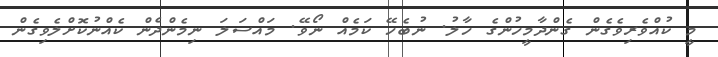
މީ ކުއްވެރިވެގެން ގެންދާމީހުންގެ ހާލު. ނުބެހޭ ކަމެއް ނޯވޭ. މައްސަލަ ނިމެންދެން ކެއްނުކޮށްލެވިގެން